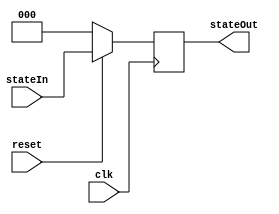
`timescale 1ns / 1ps
//////////////////////////////////////////////////////////////////////////////////
// Company: 
// Engineer: 
// 
// Design Name: 
// Module Name: DFlipFlop
// Project Name: 
// Target Devices: 
// Tool Versions: 
// Description: 
// 
// Dependencies: 
// 
// Revision:
// Revision 0.01 - File Created
// Additional Comments:
// 
//////////////////////////////////////////////////////////////////////////////////


module DFlipFlop(stateIn, reset, clk, stateOut);
    input reset, clk;
    input [2:0] stateIn;
    output reg [2:0] stateOut;

    always @(posedge clk) begin
      if (!reset)    stateOut = 3'b000;
      else  stateOut = stateIn;
    end
endmodule